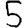
Digit: 5